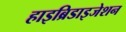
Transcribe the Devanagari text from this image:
हाइब्रिडाइजेशन